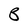
Character: B